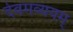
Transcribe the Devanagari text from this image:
देवमव्ययम्